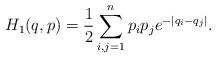
LaTeX: \begin{align*}H_1(q,p)=\frac{1}{2}\sum_{i,j=1}^np_ip_je^{-|q_i-q_j|}.\end{align*}